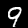
Label: 9